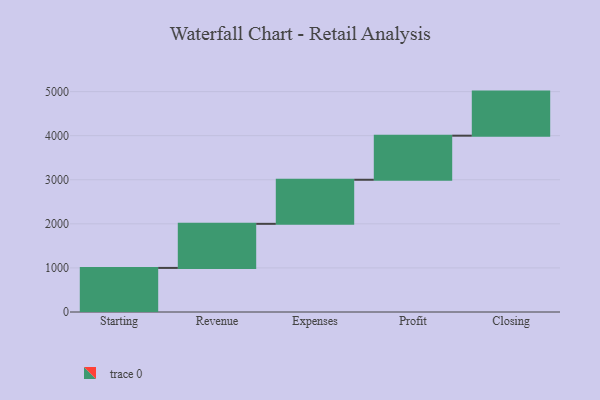
{"axis": {"x": "Step", "y": "Value"}, "legend": [""], "data": [{"x": "Starting", "y": 1000, "type": ""}, {"x": "Revenue", "y": 1000, "type": ""}, {"x": "Expenses", "y": 1000, "type": ""}, {"x": "Profit", "y": 1000, "type": ""}, {"x": "Closing", "y": 1000, "type": ""}]}